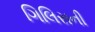
ગિલિસની